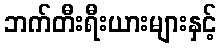
ဘက်တီးရီးယားများနှင့်